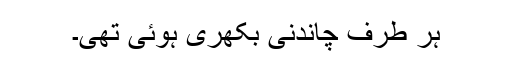
ہر طرف چاندنی بکھری ہوئی تھی۔